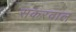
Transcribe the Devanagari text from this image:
सकरवाल